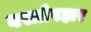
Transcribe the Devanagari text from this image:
वस्त्रोपहार